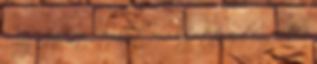
, míg Horváth többet 262 kapott az első forduló